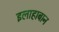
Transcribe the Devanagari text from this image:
इलाहाबान